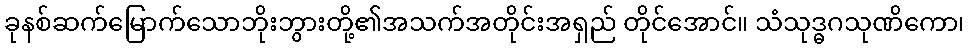
ခုနစ်ဆက်မြောက်သောဘိုးဘွားတို့၏အသက်အတိုင်းအရှည် တိုင်အောင်။ သံသုဒ္ဓဂသုဏိကော၊